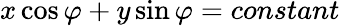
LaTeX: x\cos\varphi+y\sin\varphi=constant